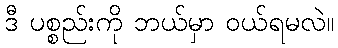
ဒီ ပစ္စည်းကို ဘယ်မှာ ဝယ်ရမလဲ။